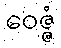
ဝေဇ္ဇံ